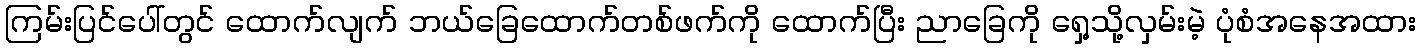
ကြမ်းပြင်ပေါ်တွင် ထောက်လျက် ဘယ်ခြေထောက်တစ်ဖက်ကို ထောက်ပြီး ညာခြေကို ရှေ့သို့လှမ်းမဲ့ ပုံစံအနေအထား